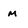
Character: m